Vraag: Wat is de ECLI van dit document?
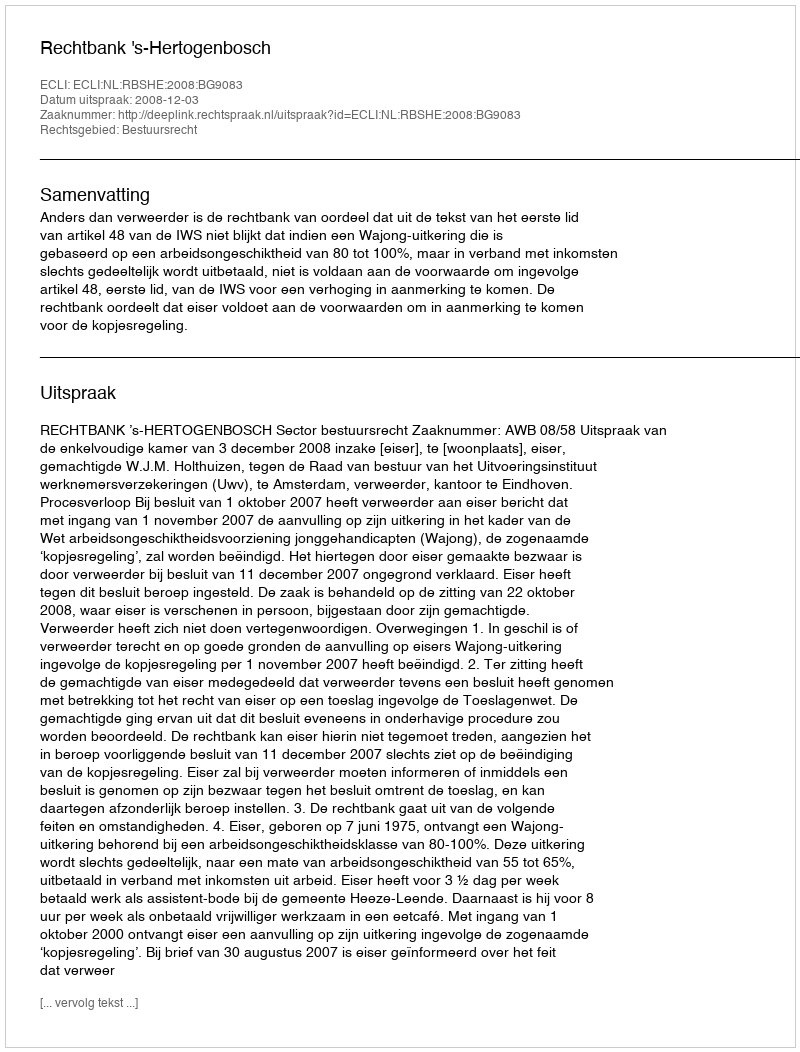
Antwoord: ECLI:NL:RBSHE:2008:BG9083